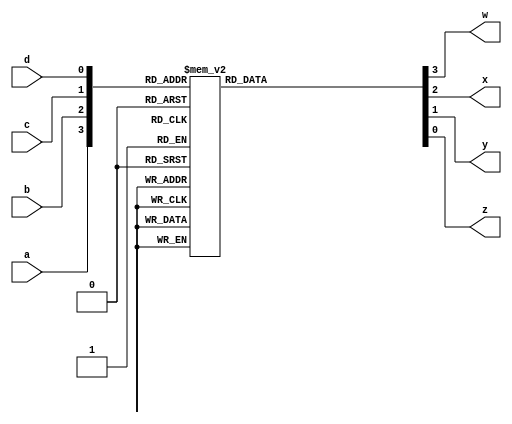
module bcd_ex3(a,b,c,d,w,x,y,z);
	input a,b,c,d;
	output w,x,y,z;
	reg w,x,y,z;
	always@(a,b,c,d)begin
		case({a,b,c,d})
			4'b0000:{w,x,y,z}=4'b0011;
			4'b0001:{w,x,y,z}=4'b0100;
			4'b0010:{w,x,y,z}=4'b0101;
			4'b0011:{w,x,y,z}=4'b0110;
			4'b0100:{w,x,y,z}=4'b0111;
			4'b0101:{w,x,y,z}=4'b1000;
			4'b0110:{w,x,y,z}=4'b1001;
			4'b0111:{w,x,y,z}=4'b1010;
			4'b1000:{w,x,y,z}=4'b1011;
			4'b1001:{w,x,y,z}=4'b1100;
			default:{w,x,y,z}=4'bXXXX;
		endcase
	end
endmodule